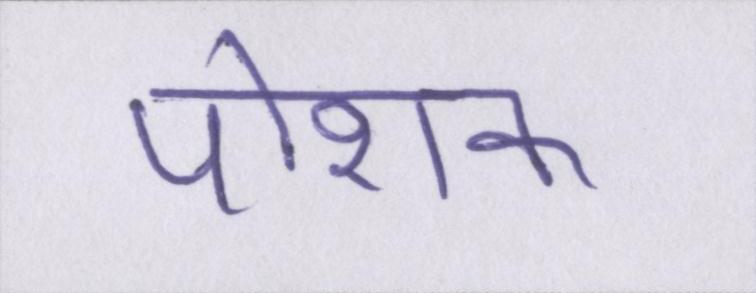
पोशक